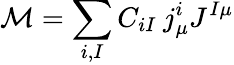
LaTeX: {\cal M}=\sum_{i,I}C_{iI}\: j_{\mu}^{i}J^{I\mu}